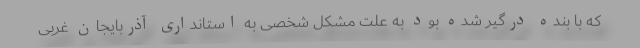
که با بنده درگیر شده بود به علت مشکل شخصی به استانداری آذربایجان غربی